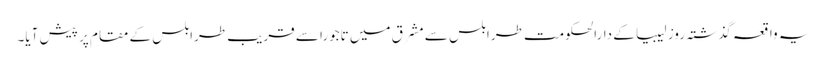
یہ واقعہ گذشتہ روز لیبیا کے دارالحکومت طرابلس سے مشرق میں تاجورا سے قریب طرابلس کے مقام پر پیش آیا۔